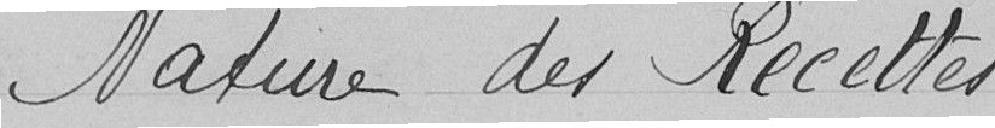
Nature des Recettes